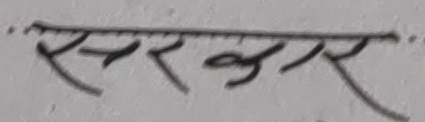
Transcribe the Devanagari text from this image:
सरकर